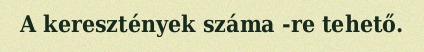
A keresztények száma -re tehető.